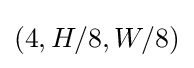
(4,H/8,W/8)